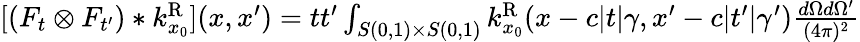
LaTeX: \begin{array}{r}{[(F_{t}\otimes F_{t^{\prime}})*k_{x_{0}}^{\mathrm{R}}](x,x^{\prime})=tt^{\prime}\int_{S(0,1)\times S(0,1)}k_{x_{0}}^{\mathrm{R}}(x-c|t|\gamma,x^{\prime}-c|t^{\prime}|\gamma^{\prime})\frac{d\Omega d\Omega^{\prime}}{(4\pi)^{2}}}\end{array}